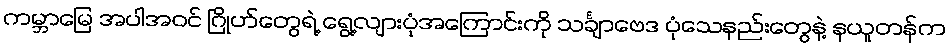
ကမ္ဘာမြေ အပါအဝင် ဂြိုဟ်တွေရဲ့ ရွေ့လျားပုံအကြောင်းကို သင်္ချာဗေဒ ပုံသေနည်းတွေနဲ့ နယူတန်က